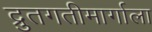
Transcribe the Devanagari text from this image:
द्रुतगतीमार्गाला